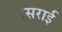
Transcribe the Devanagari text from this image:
।सराई